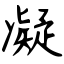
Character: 凝